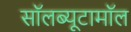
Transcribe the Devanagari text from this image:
सॉलब्यूटामॉल